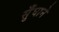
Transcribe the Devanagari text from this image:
सुँघाने